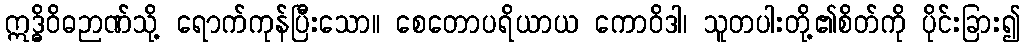
ဣဒ္ဓိဝိဓဉာဏ်သို့ ရောက်ကုန်ပြီးသော။ စေတောပရိယာယ ကောဝိဒါ၊ သူတပါးတို့၏စိတ်ကို ပိုင်းခြား၍